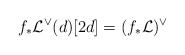
\begin{align*}f_* \mathcal L^\vee (d)[2d] = (f_* \mathcal L)^\vee\end{align*}